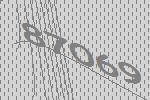
87069